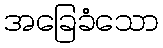
အခြေခံသော